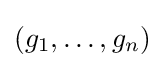
(g_{1},\ldots ,g_{n})